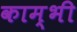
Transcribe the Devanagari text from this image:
काम्भी